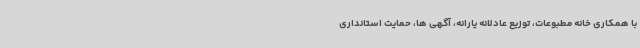
با همکاری خانه مطبوعات، توزیع عادلانه یارانه، آگهی ها، حمایت استانداری